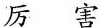
厉 害